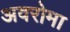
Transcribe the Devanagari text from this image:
अवरोमा